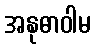
အနုဓာဝါမ